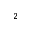
_ 2